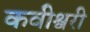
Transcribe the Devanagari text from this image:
कवीश्वरी